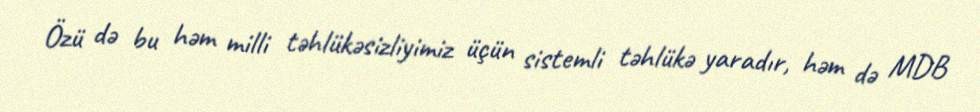
Özü də bu həm milli təhlükəsizliyimiz üçün sistemli təhlükə yaradır, həm də MDB